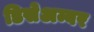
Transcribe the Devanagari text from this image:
डिसेअम्बर